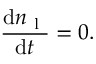
\frac { \mathrm { d } n _ { \mathrm { ~ l ~ } } } { \mathrm { d } t } = 0 .